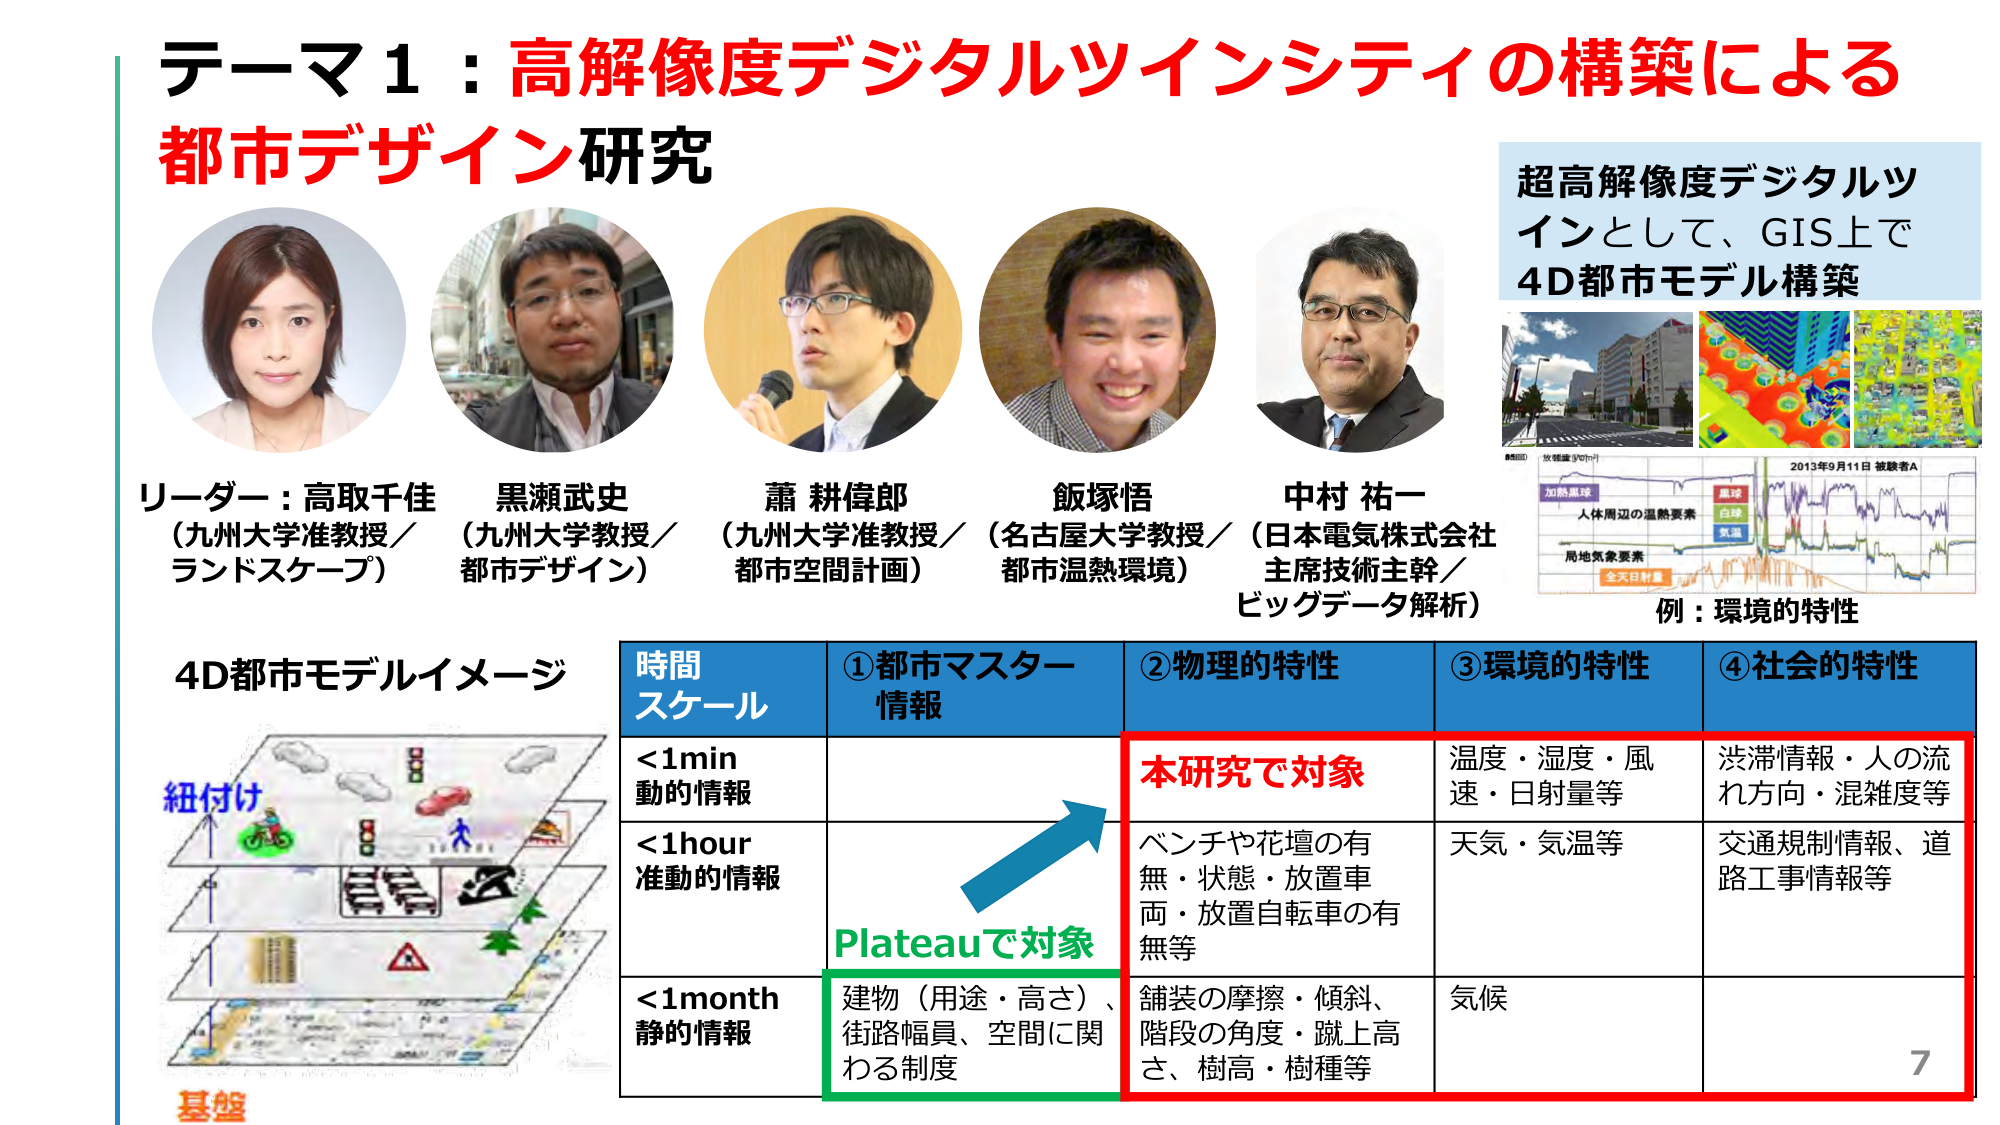
テーマ1：高解像度デジタルツインシティの構築による
都市デザイン研究

リーダー：高取千佳（九州大学准教授／ランドスケープ）
黒瀬武史（九州大学教授／都市デザイン）
蕭 耕偉郎（九州大学准教授／都市空間計画）
飯塚悟（名古屋大学教授／都市温熱環境）
中村 祐一（日本電気株式会社 主席技術主幹／ビッグデータ解析）

超高解像度デジタルツインとして、GIS上で
4D都市モデル構築

例：環境的特性

4D都市モデルイメージ
紐付け
基盤

時間スケール
①都市マスター情報
②物理的特性
③環境的特性
④社会的特性

＜1min 動的情報
本研究で対象
温度・湿度・風速・日射量等
渋滞情報・人の流れ方向・混雑度等

＜1hour 准動的情報
ベンチや花壇の有無・状態・放置車両・放置自転車の有無等
天気・気温等
交通規制情報、道路工事情報等

＜1month 静的情報
Plateauで対象
建物（用途・高さ）、街路幅員、空間に関わる制度
舗装の摩擦・傾斜、階段の角度・蹴上高さ、樹高・樹種等
気候

7